Statistical return of the lunatic asylum in Assam - 1912-1932
Year: 1912
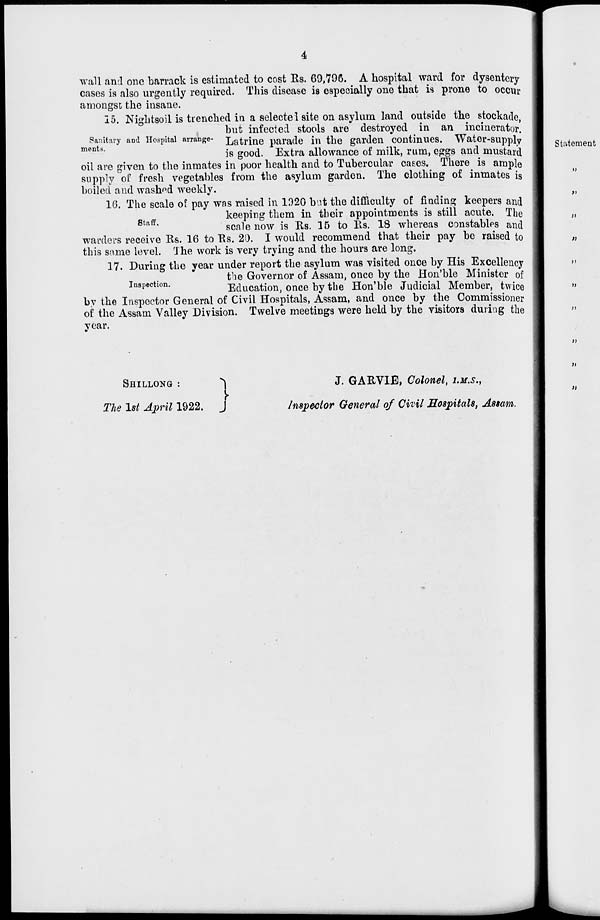
4
wall and one barrack is estimated to cost Rs. 69,796. A hospital ward for dysentery
cases is also urgently required. This disease is especially one that is prone to occur
amongst the insane.
15. Nightsoil is trenched in a selectel site on asylum land outside the stockade,
but infected stools are destroyed in an incinerator.
m^i
ta,, y and Hospital arrange- latrine parade in the garden continues. Water-supply
is good. Extra allowance of milk, rum, eggs and mustard
oil are given to the inmates in poor health and to Tubercular cases. There is ample
supply of fresh vegetables from the asylum garden. The clothing of inmates is
boiled and washed weekly.
16. The scale of pay was raised in 1020 but the difficulty of finding keepers and
keeping them in their appointments is still acute. The
a '
scale now is Rs. 15 to Rs. 18 whereas constables and
warders receive Rs. 16 to Rs. 20. I would recommend that their pay be raised to
this same level. The work is very trying and the hours are long.
17. During the year under report the asylum was visited once by His Excellency
the Governor of Assam, once by the Hon'ble Minister of
Inspection.
Education, once by the Hon'ble Judicial Member, twice
by the Inspector General of Civil Hospitals, Assam, and once by the Commissioner
of the Assam Valley Division. Twelve meetings were held by the visitors during the
year.
SHILLONG :
^
The 1st April 1922. J
J. GARVIB, Colonel, I.M.S.,
Inspector General of Civil Hospitals, Assam.